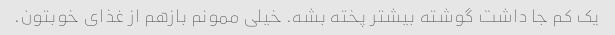
یک کم جا داشت گوشته بیشتر پخته بشه. خیلی ممونم بازهم از غذای خوبتون.